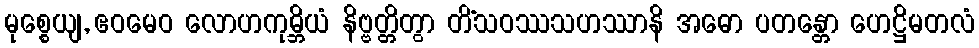
မုစ္စေယျ, ဧဝမေဝ လောဟကုမ္ဘိယံ နိဗ္ဗတ္တိတွာ တိံသဝဿသဟဿာနိ အဓော ပတန္တော ဟေဋ္ဌိမတလံ